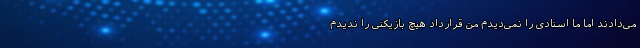
می‌دادند اما ما اسنادی را نمی‌دیدم من قرارداد هیچ بازیکنی را ندیدم